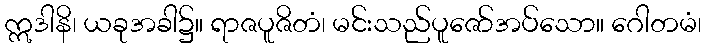
ဣဒါနိ၊ ယခုအခါ၌။ ရာဇပူဇိတံ၊ မင်းသည်ပူဇော်အပ်သော။ ဂေါတမံ၊